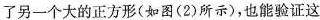
了另一个大的正方形(如图(2)所示)，也能验证这